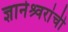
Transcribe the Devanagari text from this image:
ज्ञानेश्र्वरांची